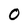
Character: 0